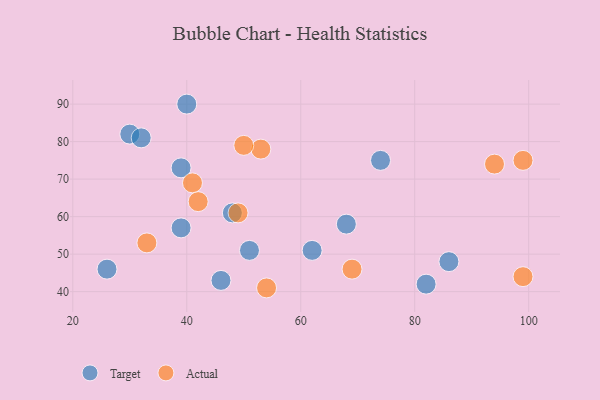
{"axis": {"x": "GDP", "y": "Life Expectancy"}, "legend": ["Actual", "Target"], "data": [{"x": "39", "y": 73, "type": "Target"}, {"x": "82", "y": 42, "type": "Target"}, {"x": "51", "y": 51, "type": "Target"}, {"x": "46", "y": 43, "type": "Target"}, {"x": "86", "y": 48, "type": "Target"}, {"x": "48", "y": 61, "type": "Target"}, {"x": "26", "y": 46, "type": "Target"}, {"x": "62", "y": 51, "type": "Target"}, {"x": "30", "y": 82, "type": "Target"}, {"x": "32", "y": 81, "type": "Target"}, {"x": "40", "y": 90, "type": "Target"}, {"x": "39", "y": 57, "type": "Target"}, {"x": "68", "y": 58, "type": "Target"}, {"x": "74", "y": 75, "type": "Target"}, {"x": "41", "y": 69, "type": "Actual"}, {"x": "99", "y": 75, "type": "Actual"}, {"x": "49", "y": 61, "type": "Actual"}, {"x": "53", "y": 78, "type": "Actual"}, {"x": "99", "y": 44, "type": "Actual"}, {"x": "54", "y": 41, "type": "Actual"}, {"x": "50", "y": 79, "type": "Actual"}, {"x": "42", "y": 64, "type": "Actual"}, {"x": "33", "y": 53, "type": "Actual"}, {"x": "69", "y": 46, "type": "Actual"}, {"x": "94", "y": 74, "type": "Actual"}]}